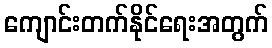
ကျောင်းတက်နိုင်ရေးအတွက်